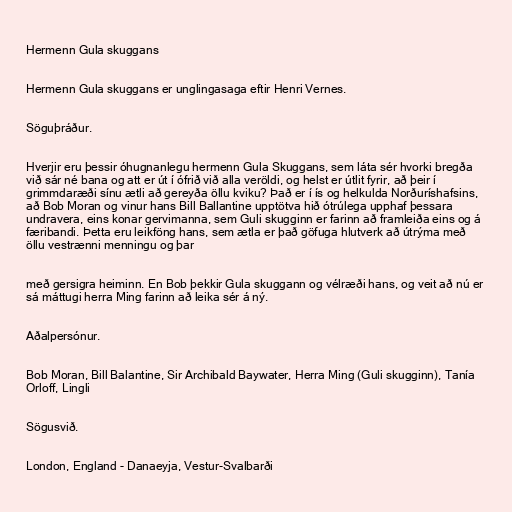
Hermenn Gula skuggans

Hermenn Gula skuggans er unglingasaga eftir Henri Vernes.

Söguþráður.

Hverjir eru þessir óhugnanlegu hermenn Gula Skuggans, sem láta sér hvorki bregða
við sár né bana og att er út í ófrið við alla veröldi, og helst er útlit fyrir, að þeir í
grimmdaræði sínu ætli að gereyða öllu kviku? Það er í ís og helkulda Norðuríshafsins,
að Bob Moran og vinur hans Bill Ballantine upptötva hið ótrúlega upphaf þessara
undravera, eins konar gervimanna, sem Guli skugginn er farinn að framleiða eins og á
færibandi. Þetta eru leikföng hans, sem ætla er það göfuga hlutverk að útrýma með
öllu vestrænni menningu og þar

með gersigra heiminn. En Bob þekkir Gula skuggann og vélræði hans, og veit að nú er
sá máttugi herra Ming farinn að leika sér á ný.

Aðalpersónur.

Bob Moran, Bill Balantine, Sir Archibald Baywater, Herra Ming (Guli skugginn), Tanía
Orloff, Lingli

Sögusvið.

London, England - Danaeyja, Vestur-Svalbarði